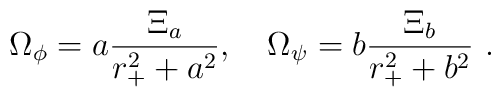
{\Omega}_{\phi}= a {{\Xi}_a \over r_{+}^2+a^2},\quad{\Omega}_{\psi}= b {{\Xi}_b \over r_{+}^2+b^2}\ .